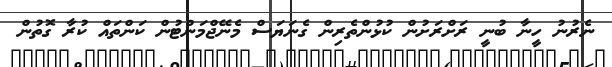
ނެރުނު ހީނާ ބުނީ ރަށްރަށުން ކުޅުންތެރިން ގެނަޔަސް މެނޭޖްމަންޓުން ކަންތައް ކުރާ ގޮތުން